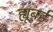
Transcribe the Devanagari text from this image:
ह्यूबर्ड